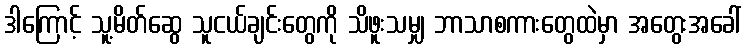
ဒါကြောင့် သူ့မိတ်ဆွေ သူငယ်ချင်းတွေကို သိဖူးသမျှ ဘာသာစကားတွေထဲမှာ အတွေးအခေါ်